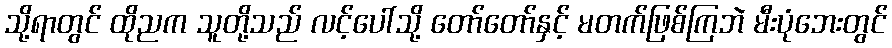
သို့ရာတွင် ထိုညက သူတို့သည် လင့်ပေါ်သို့ တော်တော်နှင့် မတက်ဖြစ်ကြဘဲ မီးပုံဘေးတွင်